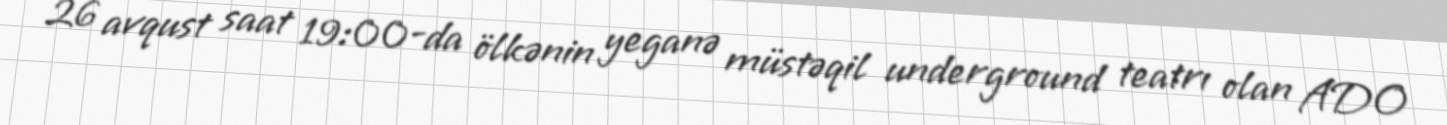
26 avqust saat 19:00-da ölkənin yeganə müstəqil underground teatrı olan ADO